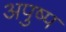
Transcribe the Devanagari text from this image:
अपुष्प